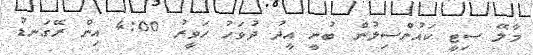
މާލޭ ސިޓީ ކައުންސިލުން ބުނީ އީދު ދުވަހު ހަވީރު 4:00 އިން ރޭގަނޑު